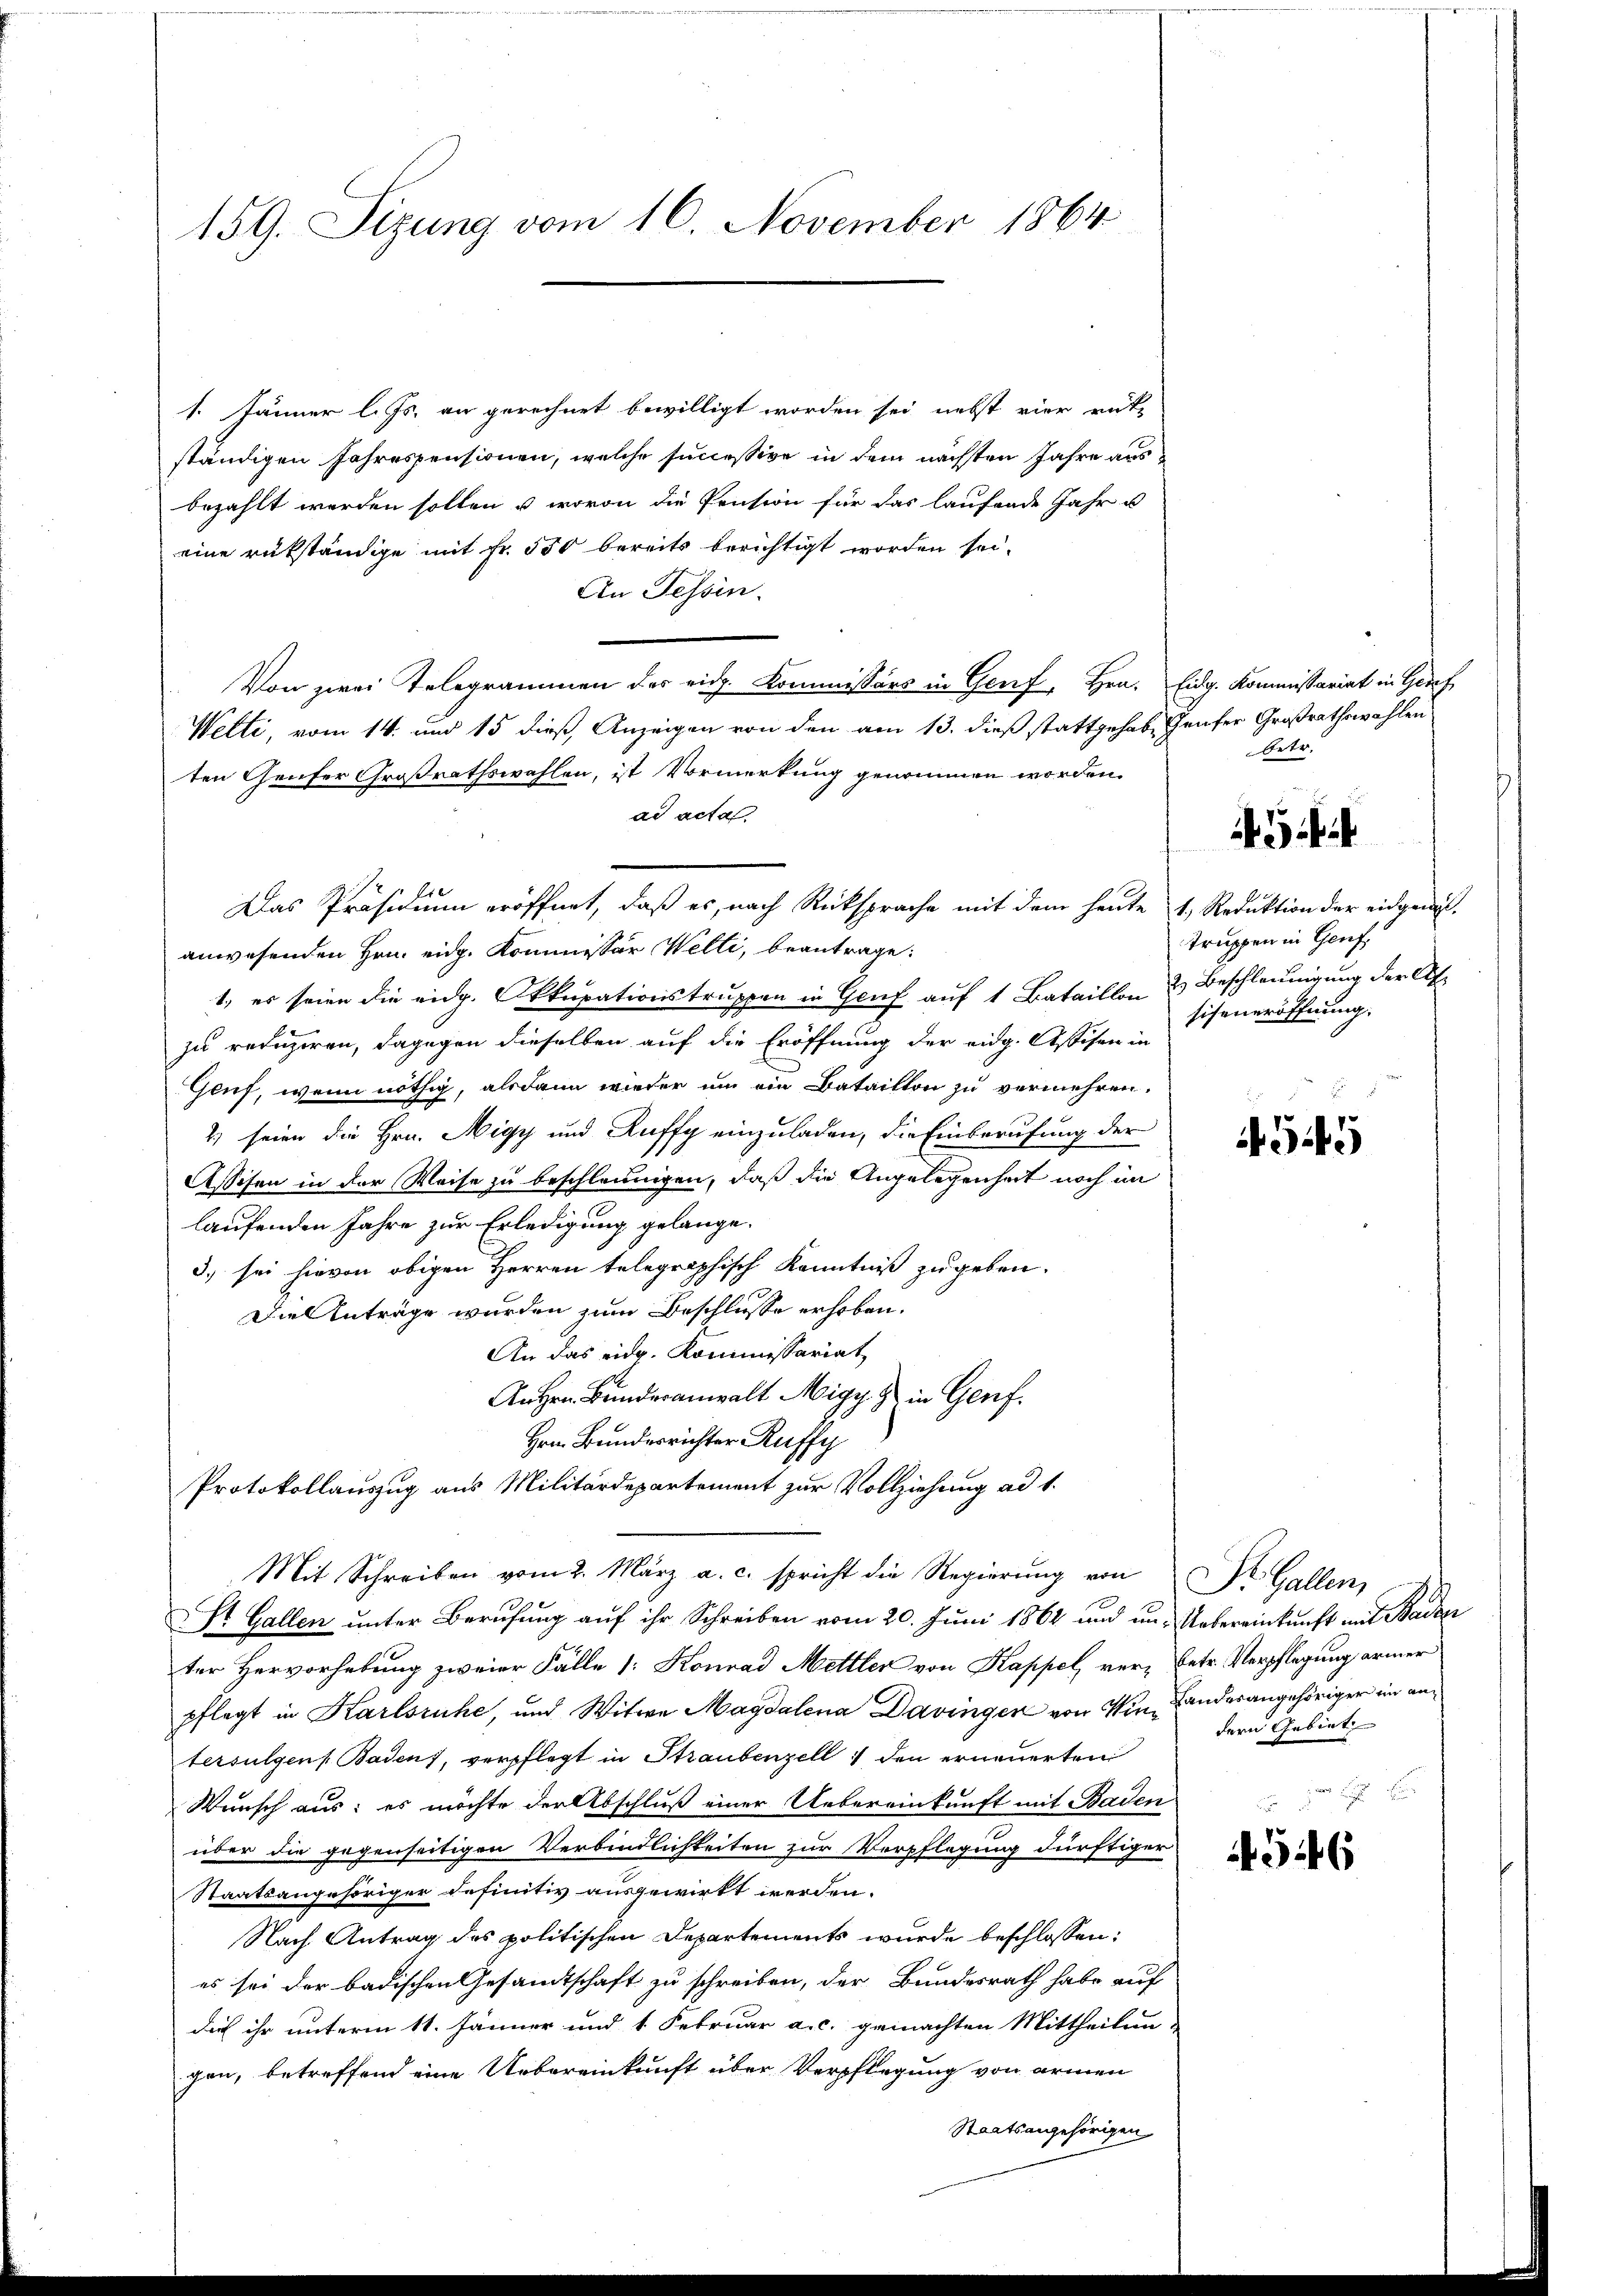
159. Sizung vom 16. November 1864

1. Jänner l. Js. an gerechnet bewilligt worden sei, nebst vier rükständigen Jahrespensionen, welche successive in dem nächsten Jahre ausbezahlt werden sollen u. wovon die Pension für das laufende Jahr u
eine rükständige mit Fr. 550 bereits berichtigt worden sei.
An Tessin.
Von zwei Telegrammen des eidg. Kommissärs in Genf, Hrn. Eidg. Kommissariat in Geref
Welti, vom 14. und 15 dieß, Anzeigen von den am 13. dieß stattgehabe, Genfer Großrathswahlen
ten Genfer Großrathswahlen, ist Vormerkung genommen worden.
ad acta
Das Präsidium eröffnet, daß es, nach Rücksprache mit dem heute 1, Reduktion der eidgenös-
anwesenden Hrn. eidg. Kommissär Welti, beantrage:
1. es seien die eidg. Okkupationstruppen in Genf auf 1 Bataillon & Beschleunigung der Alzu reduziren, dagegen dieselben auf die Eröffnung der eidg. Assisen in
Geuf, wenn nöthig, alsdann wieder um ein Bataillon zu vermehren.
2) seien die Hrn. Nigy und Auffg einzuladen, die Einberufung der
Assiten in der Weise zu beschleunigen, daß die Angelegenheit noch im
laufenden Jahre zur Erledigung gelange.
d.) sei hievon obigen Herren telegraphisch Kenntniß zugeben.
Die Anträge wurden zum Beschlusse erhoben.
An das eidg. Kommissariat
An Hrn. Bunderanwalt Migy z in Genf.
Hrn. Bundesrichter Ruffy
Protokollauszug aus Militärdepartement zur Vollziehung ad 1.
Mit Schreiben vom 2. März a. c. spricht die Regierung von Dr. Gallen,
St. Gallen unter Berufung auf ihr Schreiben vom 20. Juni 1864 und un- Uebereinkunft mit Baden
ter Hervorhebung zweier Fälle 1: Konrad Mettler von Kappel, ver- Betr. Verpflegung armer
pflegt in Karlsruhe, und Witwe Magdalena Davingen von Vin, Landesangehöriger im antersulgen Badens, verpflegt in Straubenzell den erneuerten
Wunsch aus: es möchte der Abschluß einer Uebereinkunft mit Baden
über die gegenseitigen Verbindlichkeiten zur Verpflegung dürftiger
Staatsangehöriger definitiv ausgewirkt werden.
Nach Antrag des politischen Departements wurde beschlossen:
es sei der badischen Gesandtschaft zu schreiben, der Bundesrath habe auf
dich ihr unterm 11. Jänner und 1 Februar a. c. gemachten Mittheilun-
gen, betreffend eine Uebereinkunft über Verpflegung von armen
Staatsangehörigen

betr.

i

truppen in Genf,
sifeneröffnung.

545

dern Gebiet

456